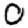
Digit: 0